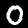
Label: 0